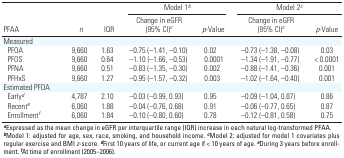
<table><thead><tr><td rowspan="2"><b>PFAA</b></td><td rowspan="2"><b>n</b></td><td rowspan="2"><b>IQR</b></td><td colspan="2"><b>Model 1b</b></td><td colspan="2"><b>Model 2c</b></td></tr><tr><td><b>Change in eGFR (95% CI)c</b></td><td><b>p-Value</b></td><td><b>Change in eGFR (95% CI)c</b></td><td><b>p-Value</b></td></tr></thead><tbody><tr><td colspan="7">Measured</td></tr><tr><td>PFOA</td><td>9,660</td><td>1.63</td><td>–0.75 (–1.41, –0.10)</td><td>0.02</td><td>–0.73 (–1.38, –0.08)</td><td>0.03</td></tr><tr><td>PFOS</td><td>9,660</td><td>0.64</td><td>–1.10 (–1.66, –0.53)</td><td>0.0001</td><td>–1.34 (–1.91, –0.77)</td><td>&lt; 0.0001</td></tr><tr><td>PFNA</td><td>9,660</td><td>0.51</td><td>–0.83 (–1.35, –0.30)</td><td>0.002</td><td>–0.88 (–1.41, –0.36)</td><td>0.001</td></tr><tr><td>PFHxS</td><td>9,660</td><td>1.27</td><td>–0.95 (–1.57, –0.32)</td><td>0.003</td><td>–1.02 (–1.64, –0.40)</td><td>0.001</td></tr><tr><td colspan="7">Estimated PFOA</td></tr><tr><td>Earlyd</td><td>4,787</td><td>2.10</td><td>–0.03 (–0.99, 0.93)</td><td>0.95</td><td>–0.09 (–1.04, 0.87)</td><td>0.86</td></tr><tr><td>Recente</td><td>6,060</td><td>1.88</td><td>–0.04 (–0.76, 0.68)</td><td>0.91</td><td>–0.06 (–0.77, 0.65)</td><td>0.87</td></tr><tr><td>Enrollmentf</td><td>6,060</td><td>1.84</td><td>–0.10 (–0.80, 0.60)</td><td>0.78</td><td>–0.12 (–0.81, 0.58)</td><td>0.75</td></tr><tr><td colspan="7">aExpressed as the mean change in eGFR per interquartilerange (IQR) increase in each natural log-transformed PFAA. bModel 1:adjusted for age, sex, race, smoking, and household income. cModel 2:adjusted for model 1 covariates plus regular exercise and BMI z-score.dFirst 10 years of life, or current age if &lt; 10 years of age. eDuring3 years before enrollment. fAt time of enrollment (2005–2006).</td></tr></tbody></table>